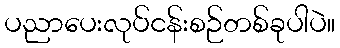
ပညာပေးလုပ်ငန်းစဉ်တစ်ခုပါပဲ။